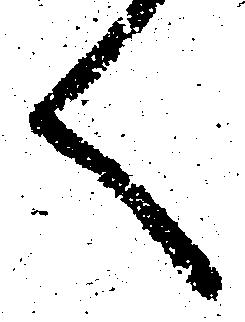
く